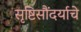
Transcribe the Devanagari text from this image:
सृष्टिसौंदर्याचे